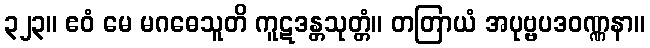
၃၂၃။ ဧဝံ မေ မဂဓေသူတိ ကူဋဒန္တသုတ္တံ။ တတြာယံ အပုဗ္ဗပဒဝဏ္ဏနာ။